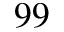
^ { 9 9 }